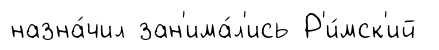
назна́чил зан'има́л'ись Р'и́мск'ий